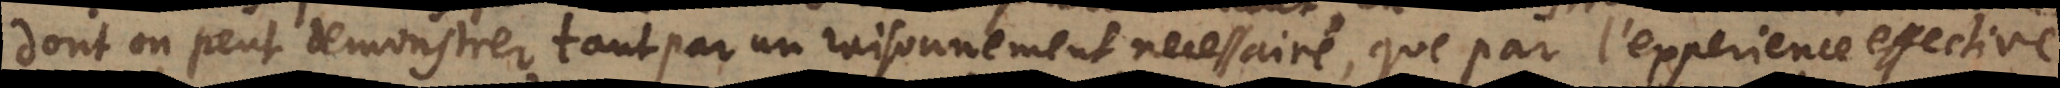
dont on peut demonstrer tant par un raisonnement necessaire, que par l’experience. effective